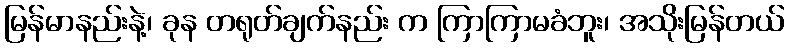
မြန်မာနည်းနဲ့၊ ခုန တရုတ်ချက်နည်း က ကြာကြာမခံဘူး၊ အသိုးမြန်တယ်